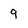
Character: 9